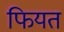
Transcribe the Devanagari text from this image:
फियत